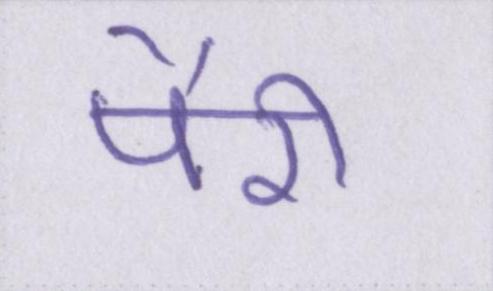
पैरी